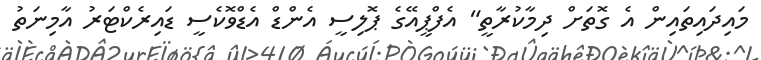
މައިދައިތައިން އެ ގޮތަށް ދިމާކުރާތީ" އެފްޕީއޭގެ ޕޮލިސީ އެންޑް އެޑްވޮކެސީ ޑައިރެކްޓަރު އާމިނަތު